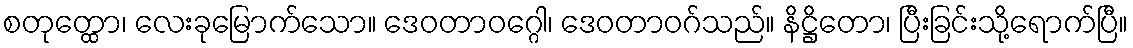
စတုတ္ထော၊ လေးခုမြောက်သော။ ဒေဝတာဝဂ္ဂေါ၊ ဒေဝတာဝဂ်သည်။ နိဋ္ဌိတော၊ ပြီးခြင်းသို့ရောက်ပြီ။